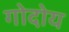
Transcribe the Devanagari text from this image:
गोदोय